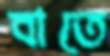
বাতে